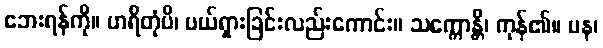
ဘေးရန်ကို။ ဟရိတုံပိ၊ ပယ်ရှားခြင်းလည်းကောင်း။ သက္ကောန္တိ၊ ကုန်၏။ ပန၊